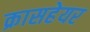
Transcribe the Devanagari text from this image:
क्रासहेयर